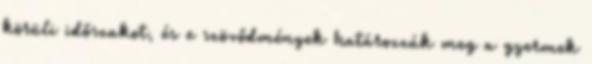
körüli időszakot, és e szövődmények határozzák meg a gyermek